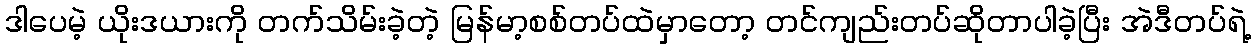
ဒါပေမဲ့ ယိုးဒယားကို တက်သိမ်းခဲ့တဲ့ မြန်မာ့စစ်တပ်ထဲမှာတော့ တင်ကျည်းတပ်ဆိုတာပါခဲ့ပြီး အဲဒီတပ်ရဲ့